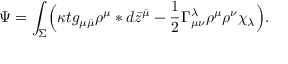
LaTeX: \Psi = \int _ { \Sigma } \Bigl ( \kappa t g _ { \mu \bar { \mu } } \rho ^ { \mu } * d \bar { z } ^ { \bar { \mu } } - \frac { 1 } { 2 } \Gamma _ { \mu \nu } ^ { \lambda } \rho ^ { \mu } \rho ^ { \nu } \chi _ { \lambda } \Bigr ) .